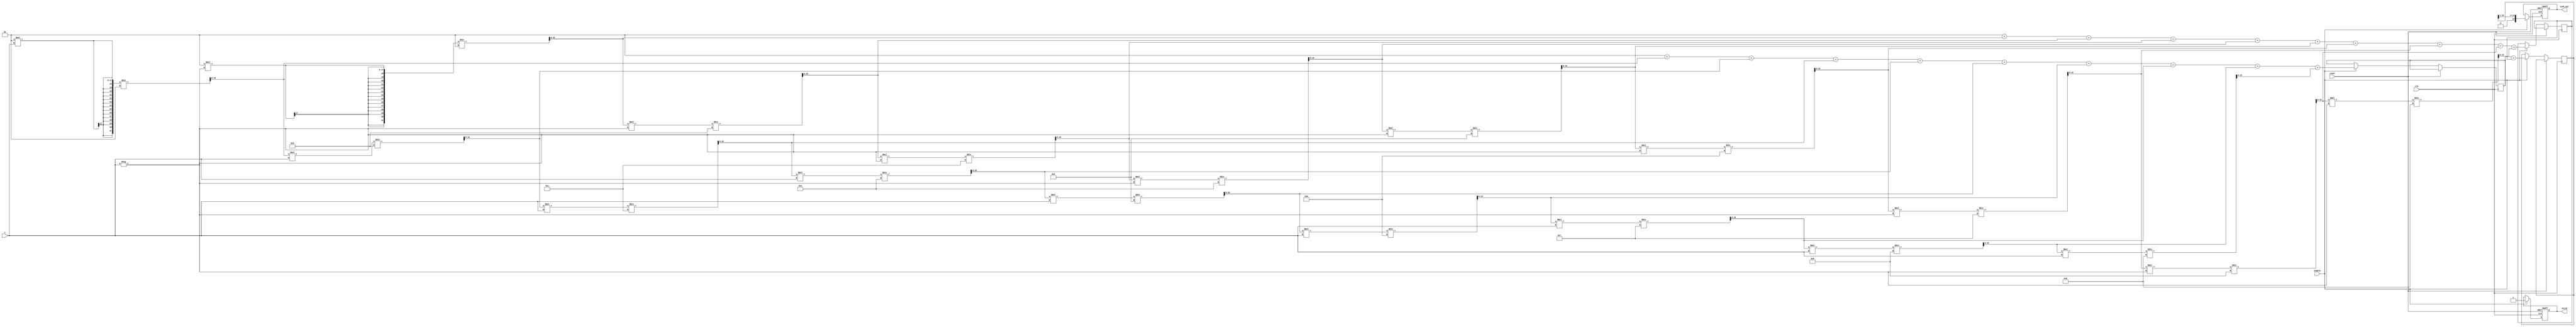
module hyperbolic_cosh #(
    parameter INPUT_WIDTH = 16,  // Width of input x
    parameter OUTPUT_WIDTH = 16   // Width of output cosh(x)
)(
    input wire clk,
    input wire reset,
    input wire enable,
    input wire signed [INPUT_WIDTH-1:0] x,  // Input value
    output reg signed [OUTPUT_WIDTH-1:0] cosh_out,  // Output value
    output reg valid  // Output valid signal
);

    // Internal signals
    reg signed [INPUT_WIDTH-1:0] exp_x;      // e^x
    reg signed [INPUT_WIDTH-1:0] exp_neg_x;  // e^(-x)
    reg signed [OUTPUT_WIDTH-1:0] sum;        // e^x + e^(-x)

    // Taylor series approximation for e^x
    function signed [INPUT_WIDTH-1:0] exp_taylor;
        input signed [INPUT_WIDTH-1:0] x;
        reg signed [INPUT_WIDTH-1:0] term;
        reg signed [INPUT_WIDTH-1:0] result;
        integer i;
        begin
            result = 0;
            term = 1; // First term is 1 (x^0 / 0!)
            for (i = 0; i < 10; i = i + 1) begin  // 10 terms for approximation
                result = result + term;
                term = (term * x) / (i + 1); // Calculate next term
            end
            exp_taylor = result;
        end
    endfunction

    // Main process
    always @(posedge clk or posedge reset) begin
        if (reset) begin
            cosh_out <= 0;
            valid <= 0;
        end else if (enable) begin
            // Calculate e^x and e^(-x)
            exp_x <= exp_taylor(x);
            exp_neg_x <= exp_taylor(-x);

            // Calculate cosh(x) = (e^x + e^(-x)) / 2
            sum <= exp_x + exp_neg_x;
            cosh_out <= sum >> 1; // Divide by 2 using right shift
            valid <= 1; // Indicate valid output
        end
    end

endmodule